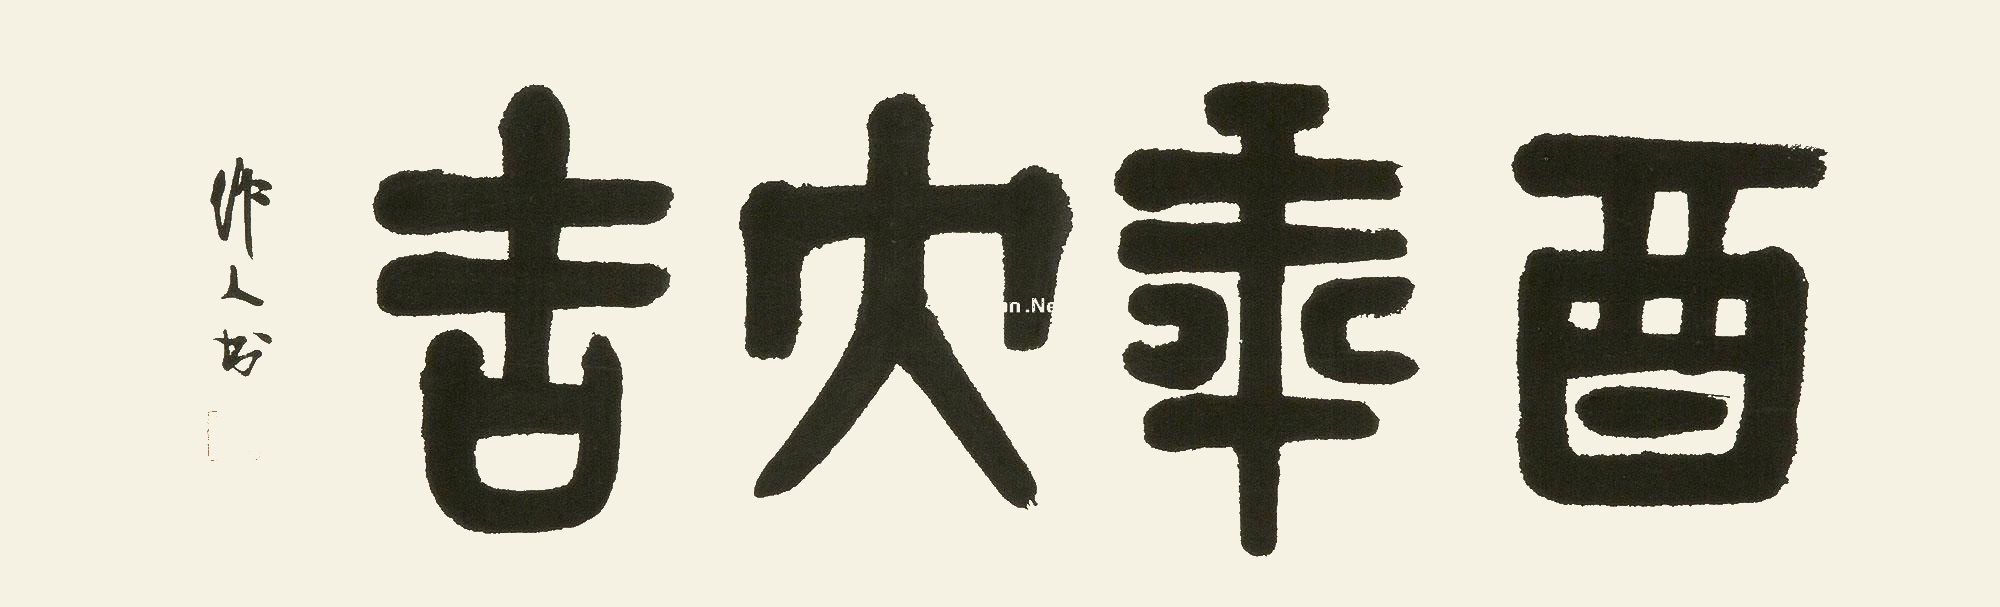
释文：酉年大吉吴作人